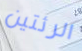
الرئتين